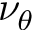
\nu _ { \theta }